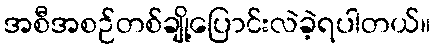
အစီအစဉ်တစ်ချို့ပြောင်းလဲခဲ့ရပါတယ်။